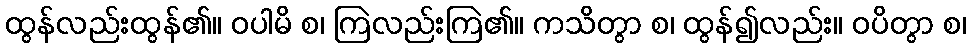
ထွန်လည်းထွန်၏။ ဝပါမိ စ၊ ကြဲလည်းကြဲ၏။ ကသိတွာ စ၊ ထွန်၍လည်း။ ဝပိတွာ စ၊